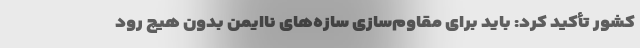
کشور تأکید کرد: باید برای مقاوم‌سازی سازه‌های ناایمن بدون هیچ رود